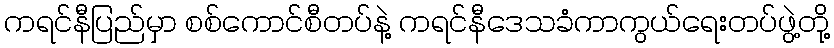
ကရင်နီပြည်မှာ စစ်ကောင်စီတပ်နဲ့ ကရင်နီဒေသခံကာကွယ်ရေးတပ်ဖွဲ့တို့